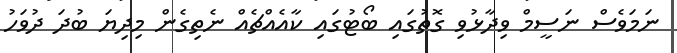
ނަމަވެސް ނަސީމް ވިދާޅުވި ގޮތުގައި ބޯޓުގައި ކާއެއްޗެއް ނެތިގެން މިދިޔަ ބުދަ ދުވަހު